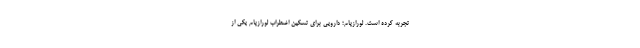
تجربه کرده است. لورازپام؛ دارویی برای تسکین اضطراب لورازپام یکی از